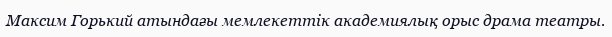
Максим Горький атындағы мемлекеттік академиялық орыс драма театры.